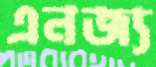
এনজ্য